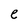
Character: e